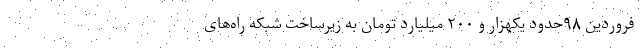
فروردین ۹۸حدود یکهزار و ۲۰۰ میلیارد تومان به زیرساخت‌ شبکه راه‌های